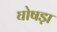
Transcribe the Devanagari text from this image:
घोषड़ा